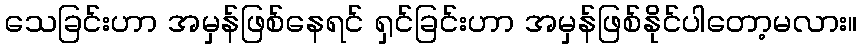
သေခြင်းဟာ အမှန်ဖြစ်နေရင် ရှင်ခြင်းဟာ အမှန်ဖြစ်နိုင်ပါတော့မလား။